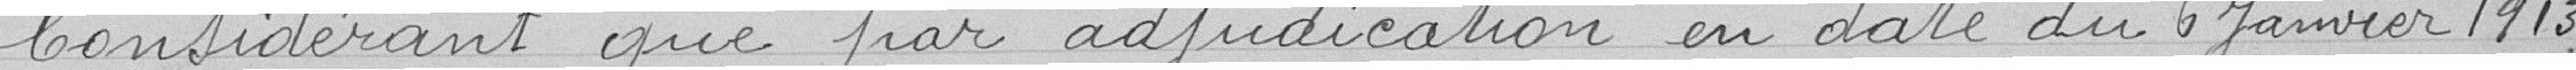
Considérant que par adjudication en date du 6 Janvier 1913